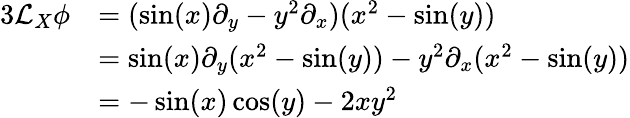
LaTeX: {\begin{array}{rl}{{3}{\mathcal{L}}_{X}\phi}&{=(\sin(x)\partial_{y}-y^{2}\partial_{x})(x^{2}-\sin(y))}\\ &{=\sin(x)\partial_{y}(x^{2}-\sin(y))-y^{2}\partial_{x}(x^{2}-\sin(y))}\\ &{=-\sin(x)\cos(y)-2xy^{2}}\end{array}}